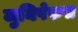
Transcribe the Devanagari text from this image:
जुनिपेरुस